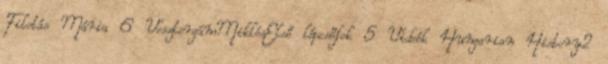
Filotás Mária 6 VesztergámMiklósElső lépcsőfok 5 Videók Hungarian History2